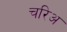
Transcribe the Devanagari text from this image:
चरिअ